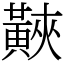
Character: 䵌